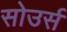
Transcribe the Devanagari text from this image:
सोउर्स